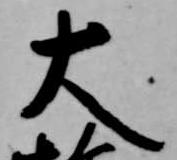
大